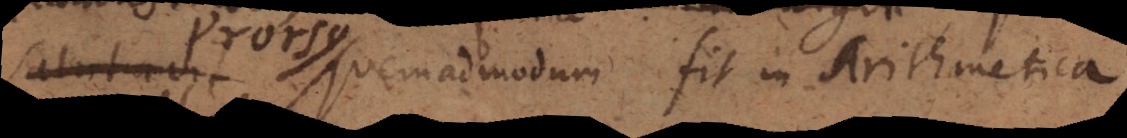
quemadmodum fit in Arithmetica